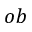
o b